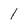
Character: 1